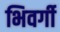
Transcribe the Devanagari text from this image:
भिवर्गी